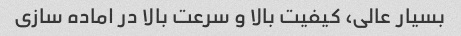
بسیار عالی، کیفیت بالا و سرعت بالا در اماده سازی